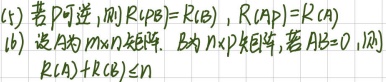
(15) 若\(P\)可逆，则\(R(PB)=R(B)\)，\(R(AP)=R(A)\)。
(16) 设\(A\)为\(m\times n\)矩阵，\(B\)为\(n\times p\)矩阵，若\(AB = 0\)，则\(R(A)+R(B)\leq n\) 。